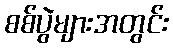
စစ်ပွဲများအတွင်း